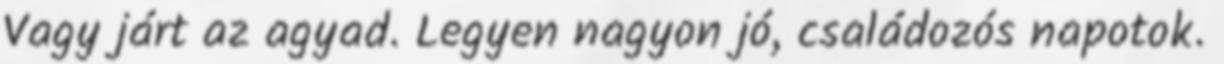
Vagy járt az agyad. Legyen nagyon jó, családozós napotok.